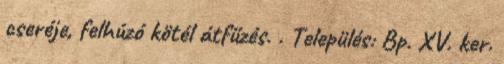
cseréje, felhúzó kötél átfűzés. . Település: Bp. XV. ker.